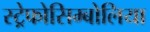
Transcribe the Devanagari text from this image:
स्ट्रेफोसिम्बोलिया